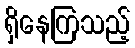
ရှိနေကြသည့်